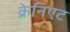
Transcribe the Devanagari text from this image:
क्रेनिएट